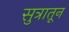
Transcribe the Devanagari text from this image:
सुत्रातून